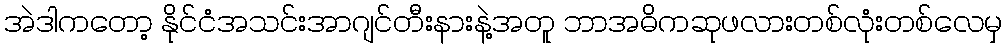
အဲဒါကတော့ နိုင်ငံအသင်းအာဂျင်တီးနားနဲ့အတူ ဘာအဓိကဆုဖလားတစ်လုံးတစ်လေမှ